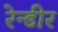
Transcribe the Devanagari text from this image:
रेन्डीर